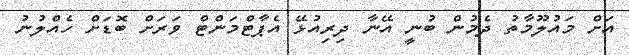
އަށް މައުލޫމާތު ދެމުން ބުނީ އޭނާ ދިރިއުޅޭ އެޕާޓްމަންޓް ވަރަށް ބޮޑަށް ހެއްލުނު